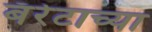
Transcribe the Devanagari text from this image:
बॅरेटाच्या